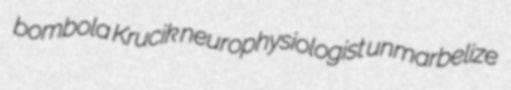
bombola Krucik neurophysiologist unmarbelize